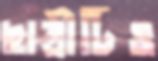
ছাত্রীটিও